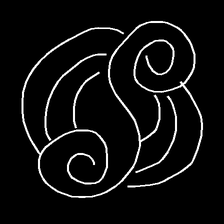
Glyph: wind-underfoot